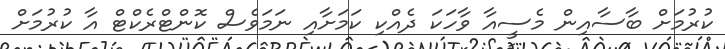
ކުރުމަށް ބާސާއިން މެސީއާ ވާހަކަ ދެއްކި ކަމަށާއި ނަމަވެސް ކޮންޓްރެކްޓް އާ ކުރުމަށް